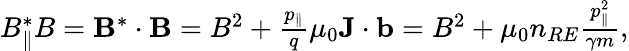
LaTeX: \begin{array}{r}{B_{\| }^{*}B={\mathbf B}^{*}\cdot{\mathbf B}=B^{2}+\frac{p_{\| }}{q}\mu_{0}{\mathbf J}\cdot{\mathbf b}=B^{2}+\mu_{0}n_{RE}\frac{p_{\| }^{2}}{\gamma m},}\end{array}